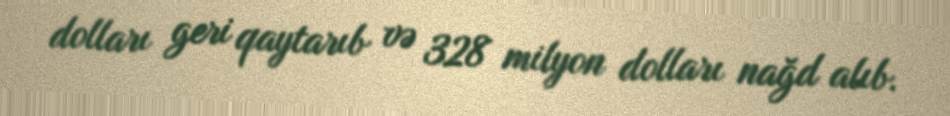
dolları geri qaytarıb və 328 milyon dolları nağd alıb.